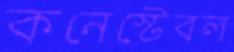
কনেস্টেবল